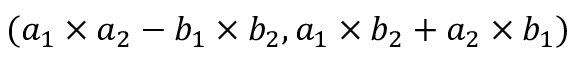
( a _ { 1 } \times a _ { 2 } - b _ { 1 } \times b _ { 2 } , a _ { 1 } \times b _ { 2 } + a _ { 2 } \times b _ { 1 } )